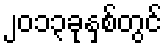
၂၀၁၃ခုနှစ်တွင်